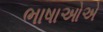
ભાષાઓએ